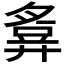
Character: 𢍪